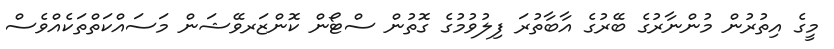
މީގެ އިތުރުން މުންނާރުގެ ބޭރުގެ އާބާތުރަ ފިލުވުމުގެ ގޮތުން ސްޓޯން ކޮންޒަރވޭޝަން މަސައްކަތްތަކެއްވެސް